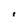
Character: 1